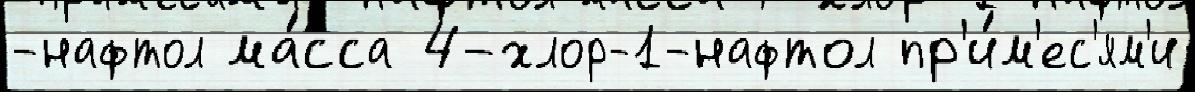
-нафтол ма́сса 4-хлор-1-нафтол пр'и́м'ес'ям'и